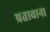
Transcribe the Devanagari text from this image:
प्रतावाना